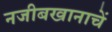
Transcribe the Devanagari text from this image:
नजीबखानाचें